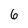
Character: 6